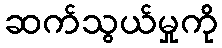
ဆက်သွယ်မှုကို